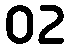
02